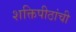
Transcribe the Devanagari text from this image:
शक्तिपीठांची